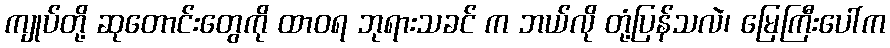
ကျုပ်တို့ ဆုတောင်းတွေကို ထာဝရ ဘုရားသခင် က ဘယ်လို တုံ့ပြန်သလဲ၊ မြေကြီးပေါ်က